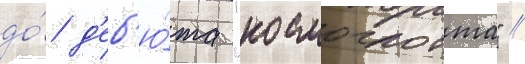
до́ д'еб'ю́та "космоглотта" //